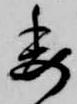
委